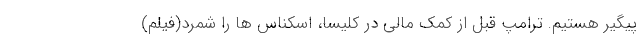
پیگیر هستیم. ترامپ قبل از کمک مالی در کلیسا، اسکناس ها را شمرد(فیلم)